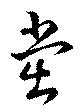
黨